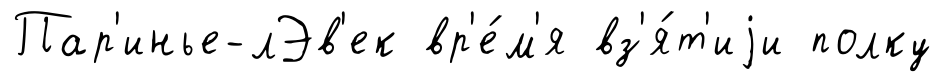
Пар'инье-лЭв'ек вр'е́м'я вз'я́т'иjи полку